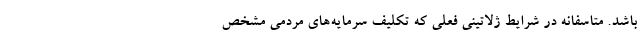
باشد. متاسفانه در شرایط ژلاتینی فعلی که تکلیف سرمایه‌های مردمی‌ مشخص